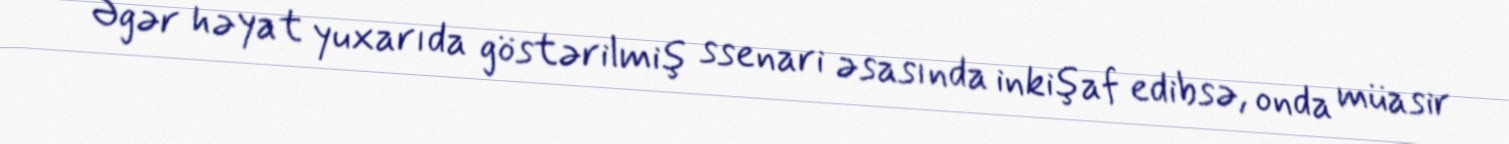
Əgər həyat yuxarıda göstərilmiş ssenari əsasında inkişaf edibsə, onda müasir